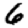
Digit: 6